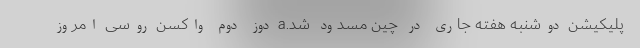
پلیکیشن دوشنبه هفته جاری در چین مسدود شد.a دوز دوم واکسن روسی امروز